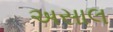
અસાલ